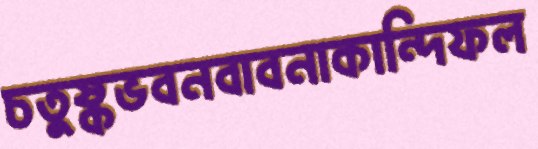
চতুষ্কভবনবাবনাকান্দিফল